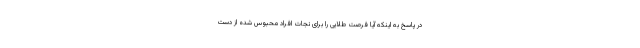
در پاسخ به اینکه آیا فرصت طلایی را برای نجات افراد محبوس شده از دست